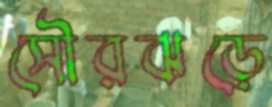
সৌরঝড়ে